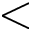
<